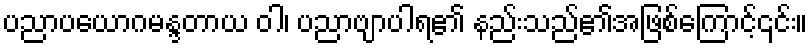
ပညာပယောဂမန္ဒတာယ ဝါ၊ ပညာဗျာပါရ၏ နည်းသည်၏အဖြစ်ကြောင့်၎င်း။